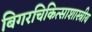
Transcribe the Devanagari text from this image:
बिगरचिकित्साशास्त्रीय